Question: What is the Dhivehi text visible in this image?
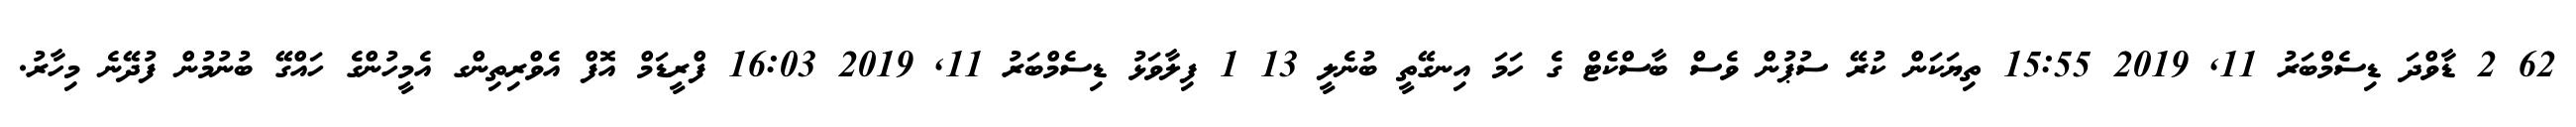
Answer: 62 2 ޑާވްދަ ޑިސެމްބަރު 11, 2019 15:55 ތިޔަކަން ކުރޭ ސުޕުން ވެސް ބާސްކެޓް ގެ ހަމަ އިނގޭތީ ބުނެލީ 13 1 ފިލާވަޅު ޑިސެމްބަރު 11, 2019 16:03 ފްރީޑަމް އޮފް އެވްރިތިންގ އެމީހުންގެ ހައްގޭ ބުނުމުން ފުދޭނެ މިހާރު.